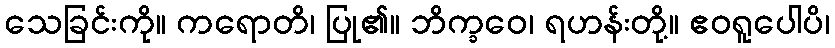
သေခြင်းကို။ ကရောတိ၊ ပြု၏။ ဘိက္ခဝေ၊ ရဟန်းတို့။ ဧဝရူပေါပိ၊